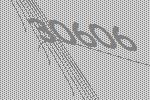
30606